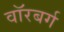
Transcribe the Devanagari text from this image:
वॉरबर्ग